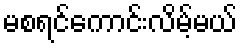
မစရင်ကောင်းလိမ့်မယ်